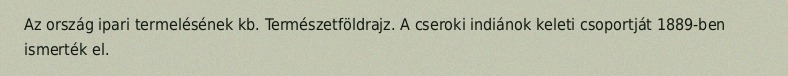
Az ország ipari termelésének kb. Természetföldrajz. A cseroki indiánok keleti csoportját 1889-ben ismerték el.